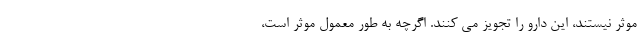
موثر نیستند، این دارو را تجویز می کنند. اگرچه به طور معمول موثر است،